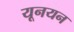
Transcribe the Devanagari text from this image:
यूनयन